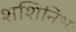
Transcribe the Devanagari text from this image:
शशिनिभः